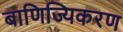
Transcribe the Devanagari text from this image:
बाणिज्यिकरण